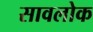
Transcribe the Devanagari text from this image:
सावलोक